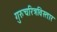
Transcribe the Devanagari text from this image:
गुरुचरित्रविस्तार